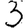
Digit: 3